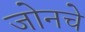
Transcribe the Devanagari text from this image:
जोनचे